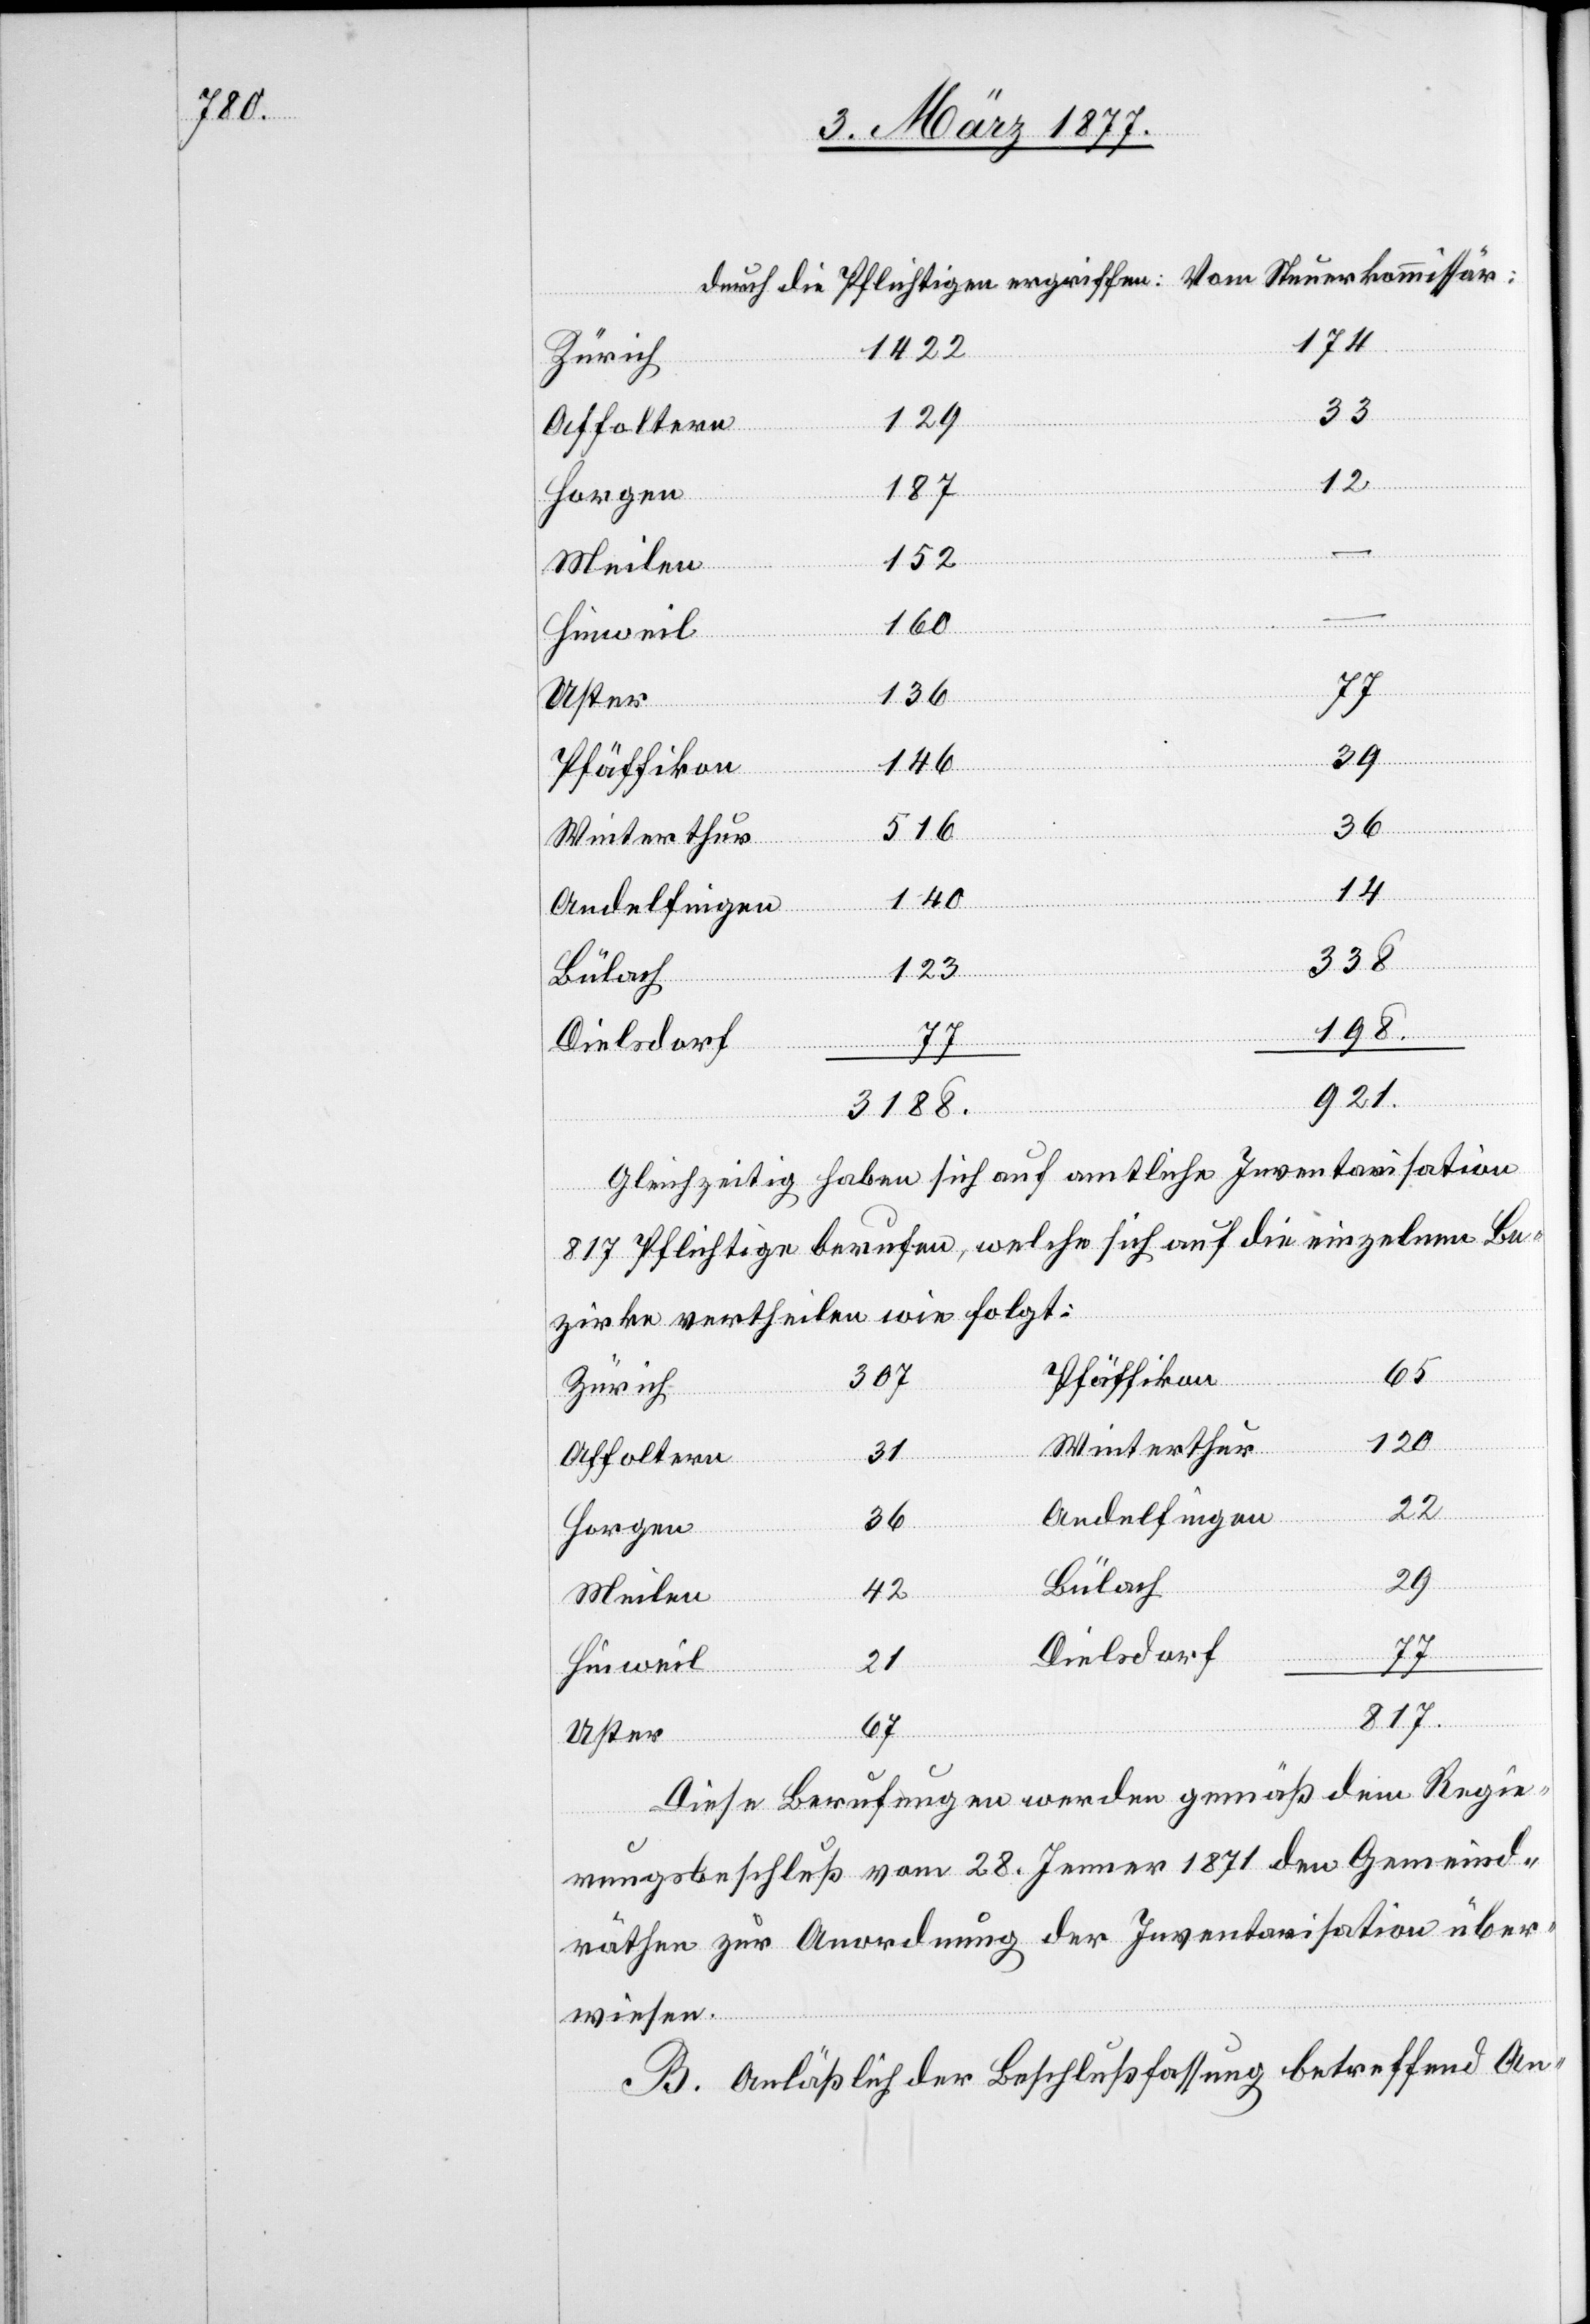
174
1422
Zürich
33
129
12
187
152
160
Hinweil
136
29
146
Pfäffikon
36
516
14
140
–
123
198
missär:
42
Dielsdorf
921.
3188.
Gleichzeitig haben sich auf amtliche Inventarisation
817 Pflichtige berufen, welche sich auf die einzelnen Be¬
zirke vertheilen wie folgt:
67
307
120
Winterthur
Affoltern
22
Andelfingen
Horgen
Bülach
Meilen
St¬
durch
21
817.
die
Vom
Uster
Diese Berufungen werden gemäß dem Regie¬
rungsbeschluß vom 28. Jenner 1871 den Gemeind¬
räthen zur Anordnung der Inventarisation über¬
wiesen.
B. Anläßlich der Beschlußfassung betreffend An-